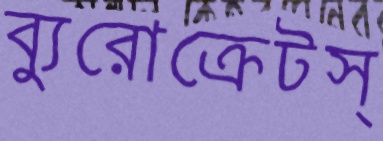
ব্যুরোক্রেটস্